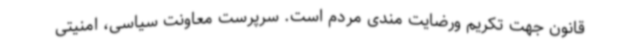
قانون جهت تکریم ورضایت مندی مردم است. سرپرست معاونت سیاسی، امنیتی